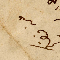
من فضلكم